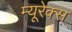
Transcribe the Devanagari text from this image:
म्यूरेक्स